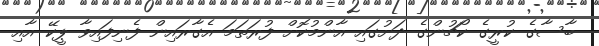
ބާސާގެ ކުރީގެ ކޯޗުންގެ ދަށުގައި އާންމުކޮށް ފުރަތަމަ އެގާރައިން ފެނިފައިވާ ޕީކޭ އާއި